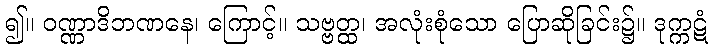
၍။ ဝဏ္ဏာဒိဘဏနေ၊ ကြောင့်။ သဗ္ဗတ္ထ၊ အလုံးစုံသော ပြောဆိုခြင်း၌။ ဒုက္ကဋံ